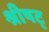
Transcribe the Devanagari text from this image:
श्रीषट्